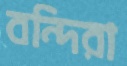
বন্দিরা